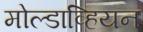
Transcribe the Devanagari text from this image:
मोल्डाव्हियन